Annual statistical returns and brief notes on vaccination in Bengal - 1896-1909
Year: 1896
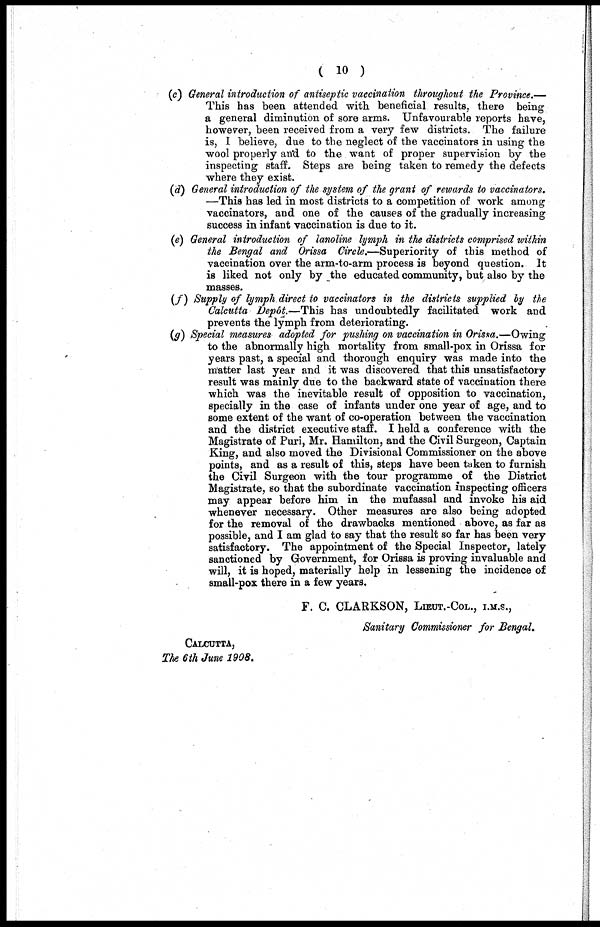
( 10 )
(c) General introduction of antiseptic vaccination throughout the Province.—
This has been attended with beneficial results, there being
a general diminution of sore arms. Unfavourable reports have,
however, been received from a very few districts. The failure
is, I believe, due to the neglect of the vaccinators in using the
wool properly and to the want of proper supervision by the
inspecting staff. Steps are being taken to remedy the defects
where they exist.
(d) General introduction of the system of the grant of rewards to vaccinators.
—This has led in most districts to a competition of work among
vaccinators, and one of the causes of the gradually increasing
success in infant vaccination is due to it.
(e) General introduction of lanoline lymph in the districts comprised within
the Bengal and Orissa Circle.—Superiority of this method of
vaccination over the arm-to-arm process is beyond question. It
is liked not only by the educated community, but also by the
masses.
(f) Supply of lymph direct to vaccinators in the districts supplied by the
Calcutta Depôt.—This has undoubtedly facilitated work and
prevents the lymph from deteriorating.
(g) Special measures adopted for pushing on vaccination in Orissa.—Owing
to the abnormally high mortality from small-pox in Orissa for
years past, a special and thorough enquiry was made into the
matter last year and it was discovered that this unsatisfactory
result was mainly due to the backward state of vaccination there
which was the inevitable result of opposition to vaccination,
specially in the case of infants under one year of age, and to
some extent of the want of co-operation between the vaccination
and the district executive staff. I held a conference with the
Magistrate of Puri, Mr. Hamilton, and the Civil Surgeon, Captain
King, and also moved the Divisional Commissioner on the above
points, and as a result of this, steps have been taken to furnish
the Civil Surgeon with the tour programme of the District
Magistrate, so that the subordinate vaccination inspecting officers
may appear before him in the mufassal and invoke his aid
whenever necessary. Other measures are also being adopted
for the removal of the drawbacks mentioned above, as far as
possible, and I am glad to say that the result so far has been very
satisfactory. The appointment of the Special Inspector, lately
sanctioned by Government, for Orissa is proving invaluable and
will, it is hoped, materially help in lessening the incidence of
small-pox there in a few years.
F. C. CLARKSON, LIEUR.-COL., I.M.S.,
Sanitary Commissioner for Bengal.
CALCUTTA,
The 6th June 1908.